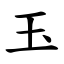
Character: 玉